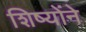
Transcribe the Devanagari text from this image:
शिष्योंने